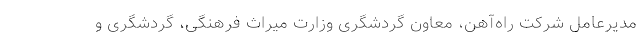
مدیرعامل شرکت راه‌آهن، معاون گردشگری وزارت میراث فرهنگی، گردشگری و